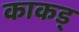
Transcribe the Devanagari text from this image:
काकड्